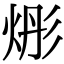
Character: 烿